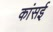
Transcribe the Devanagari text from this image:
कांसई